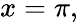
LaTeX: x=\pi,